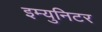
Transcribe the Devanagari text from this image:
इम्युनिटर